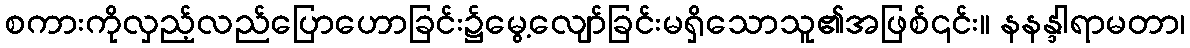
စကားကိုလှည့်လည်ပြောဟောခြင်း၌မွေ့လျော်ခြင်းမရှိသောသူ၏အဖြစ်၎င်း။ နနန္ဒါရာမတာ၊